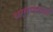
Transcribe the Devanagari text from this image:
धर्मपंथांचीं